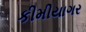
કીમીયાગર